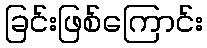
ခြင်းဖြစ်ကြောင်း